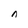
Character: n